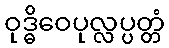
ဝုဒ္ဓိဝေပုလ္လပ္ပတ္တံ